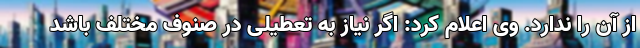
از آن را ندارد. وی اعلام کرد: اگر نیاز به تعطیلی در صنوف مختلف باشد